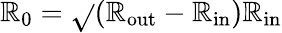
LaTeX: \mathbb{R}_{0}=\sqrt{}{{(\mathbb{R}_{\mathrm{{out}}}-\mathbb{R}_{\mathrm{{in}}})\mathbb{R}_{\mathrm{{in}}}}}